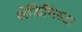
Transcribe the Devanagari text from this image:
सेंडिनिस्टा